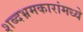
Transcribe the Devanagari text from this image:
शब्दभ्रमकारांमध्ये